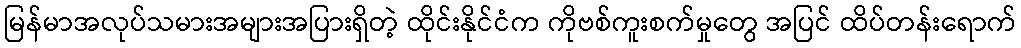
မြန်မာအလုပ်သမားအများအပြားရှိတဲ့ ထိုင်းနိုင်ငံက ကိုဗစ်ကူးစက်မှုတွေ အပြင် ထိပ်တန်းရောက်